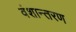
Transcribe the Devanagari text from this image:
वंशान्तरण